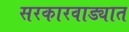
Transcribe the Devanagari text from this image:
सरकारवाड्यात